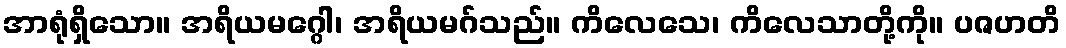
အာရုံရှိသော။ အရိယမဂ္ဂေါ၊ အရိယမဂ်သည်။ ကိလေသေ၊ ကိလေသာတို့ကို။ ပဇဟတိ